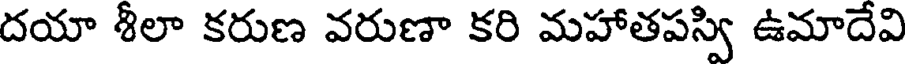
దయా శీలా కరుణ వరుణా కరి మహాతపస్వి ఉమాదేవి